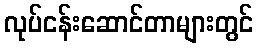
လုပ်ငန်းဆောင်တာများတွင်